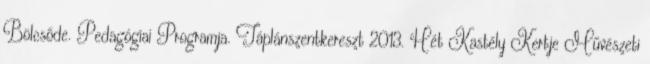
Bölcsőde. Pedagógiai Programja. Táplánszentkereszt 2013. Hét Kastély Kertje Művészeti